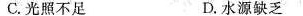
C.光照不足 D.水资源缺乏